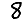
Digit: 8